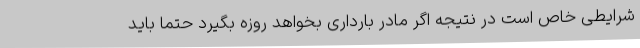
شرایطی خاص است در نتیجه اگر مادر بارداری بخواهد روزه بگیرد حتما باید